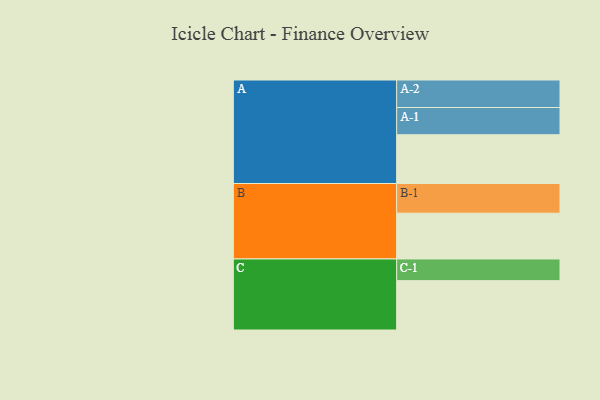
{"axis": {"x": "Segment", "y": "Value"}, "legend": ["", "A", "B", "C"], "data": [{"x": "A", "y": 491, "type": ""}, {"x": "B", "y": 461, "type": ""}, {"x": "C", "y": 497, "type": ""}, {"x": "A-1", "y": 274, "type": "A"}, {"x": "A-2", "y": 277, "type": "A"}, {"x": "B-1", "y": 299, "type": "B"}, {"x": "C-1", "y": 218, "type": "C"}]}